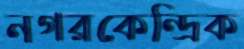
নগরকেন্দ্রিক